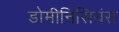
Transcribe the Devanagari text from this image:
डोमीनिसियंस